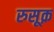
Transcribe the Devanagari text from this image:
रुसूक़